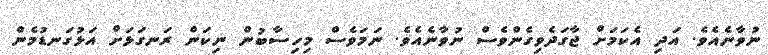
ނުވާނެއެވެ. އަދި އެކަމަށް ޖާގަދެވިގެންވެސް ނުވާނެއެވެ. ނަމަވެސް މިހިސާބުން ނިކަން ރަނގަޅަށް އަޅުގަނޑުމެން